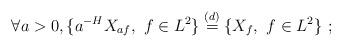
LaTeX: \begin{align*}\forall a>0,\{a^{-H}X_{af},\ f\in L^2\}\overset{(d)}{=} \{X_f,\ f\in L^2\} \ ;\end{align*}